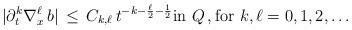
LaTeX: \begin{align*} |\partial_t^k\nabla_x^\ell \,b| \,\le\, C_{k,\ell} \,t^{-k-\frac{\ell}{2}-\frac12} \hbox{in }Q\,, \hbox{for }k,\ell = 0,1,2,\dots\end{align*}